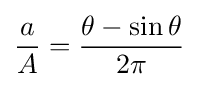
{\frac {a}{A}}={\frac {\theta -\sin \theta }{2\pi }}